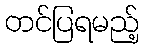
တင်ပြရမည့်